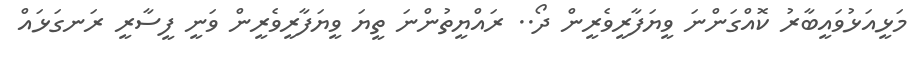
މަޅީއަޅުވައީބާރު ކޮއްގަންނަ ވީޔަފާރީވެރީން ދޯ.. ރައްޔީތުންނަ ތީޔަ ވީޔަފާރީވެރީން ވަނީ ފީސާރީ ރަނގަޅައް